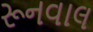
રૂનવાલ